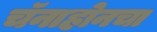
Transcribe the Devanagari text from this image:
चॅनाहोनचा